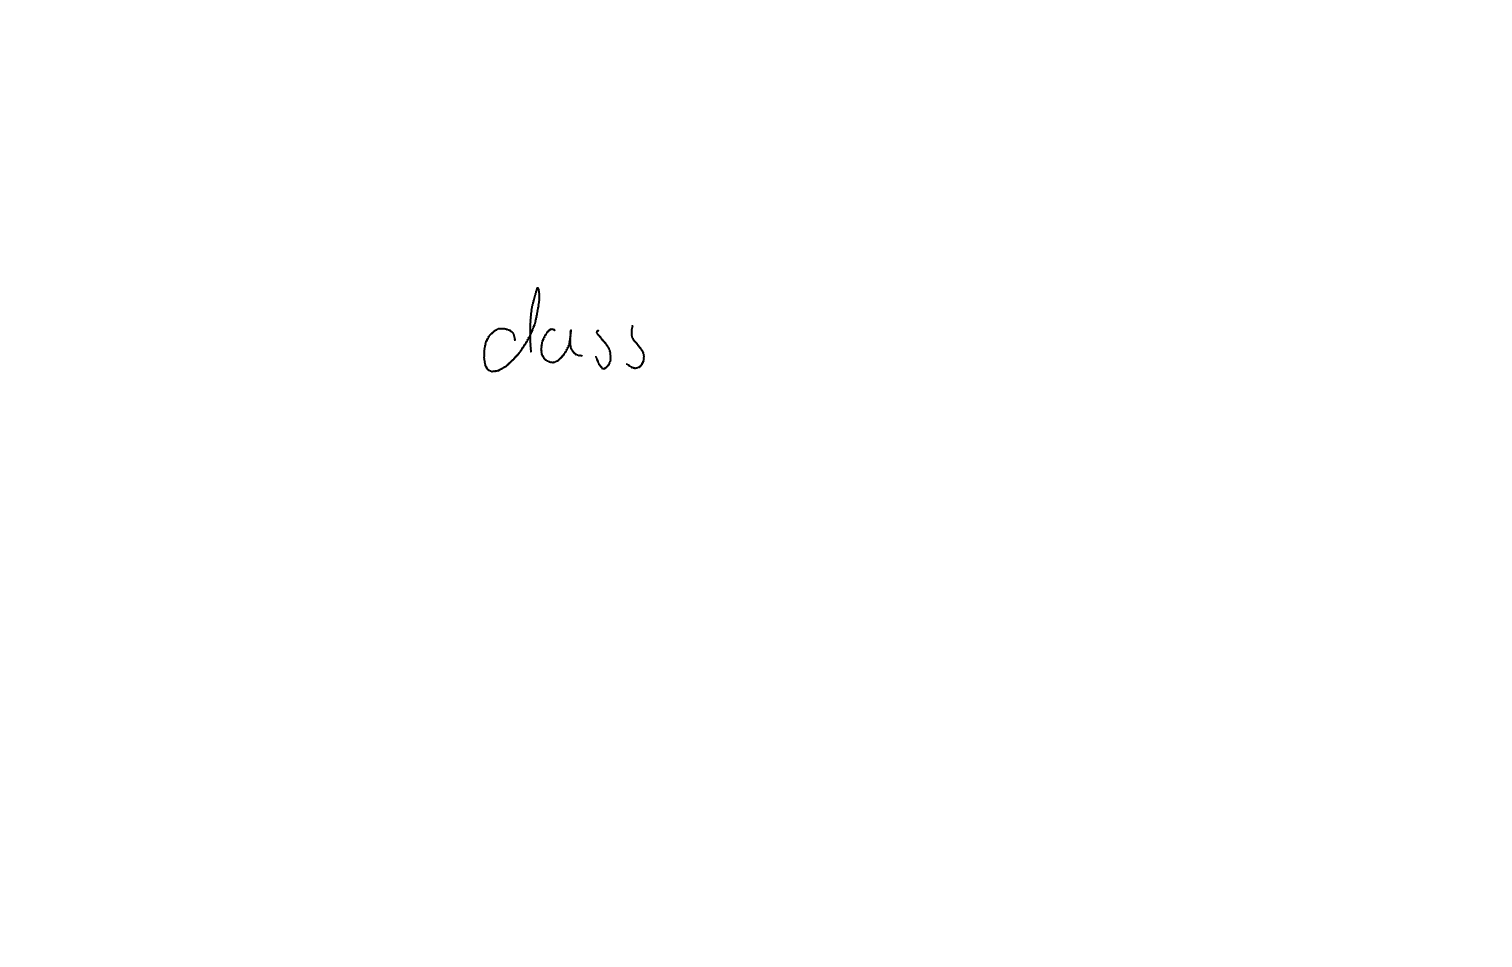
Text: dass